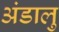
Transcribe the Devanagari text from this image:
अंडालु